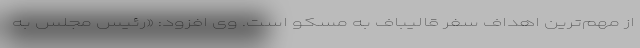
از مهم‌ترین اهداف سفر قالیباف به مسکو است. وی افزود: «رئیس مجلس به